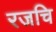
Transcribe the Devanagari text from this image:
रजचि